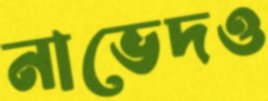
নাভেদও